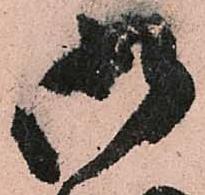
御